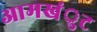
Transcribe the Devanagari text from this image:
आमखंुट